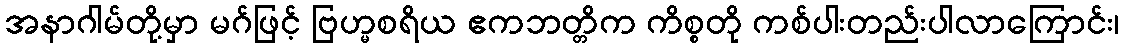
အနာဂါမ်တို့မှာ မဂ်ဖြင့် ဗြဟ္မစရိယ ဧကဘတ္တိက ကိစ္စတို ကစ်ပါးတည်းပါလာကြောင်း၊